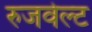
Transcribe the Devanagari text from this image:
रुजवेल्ट